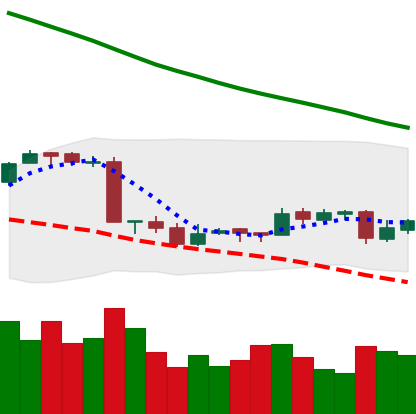
Ticker: EOS-USD
Chart end date: 2018-09-19
Forward return: 8.675%
Label: up_7plus